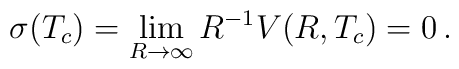
\sigma(T_c) =\lim_{R\to \infty}R^{-1}V(R,T_c)=0\,{.}